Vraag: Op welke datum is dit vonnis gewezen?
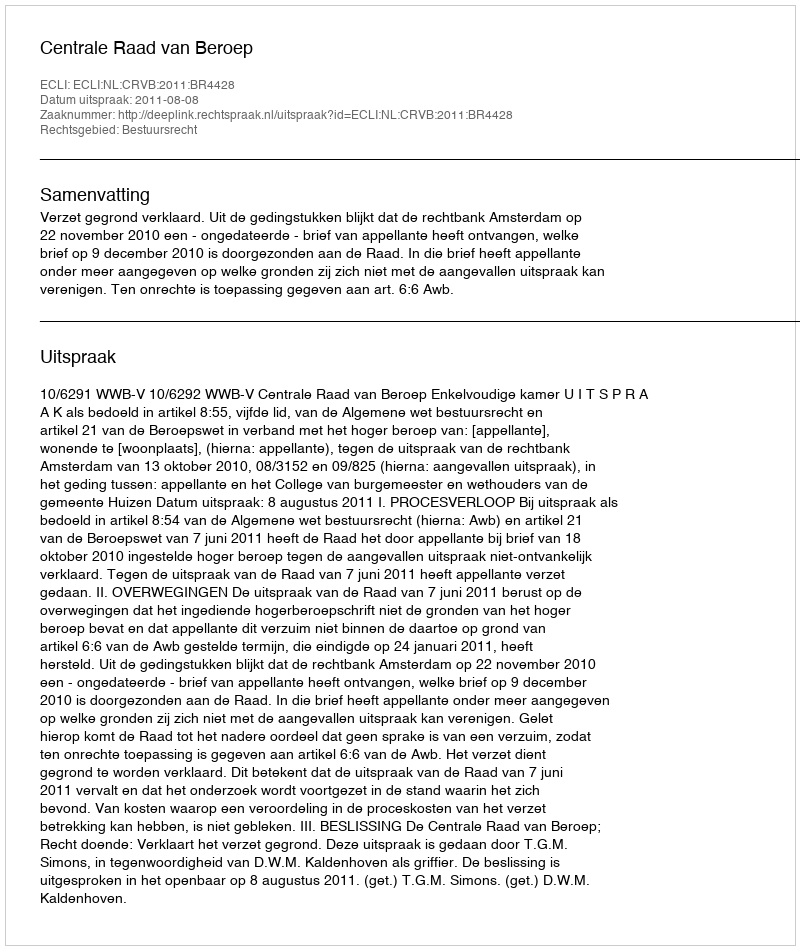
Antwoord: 2011-08-08